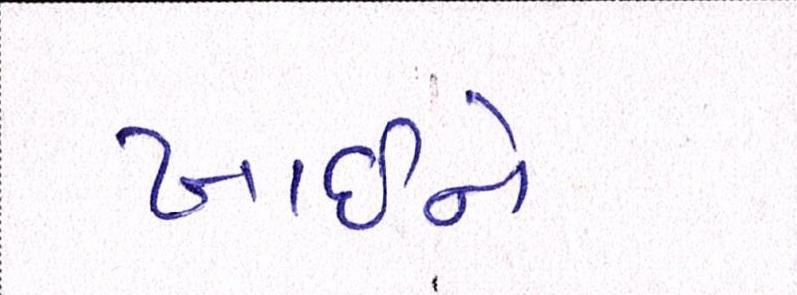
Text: ખાઇને